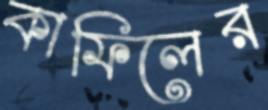
কাফিলের